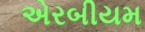
એરબીયમ